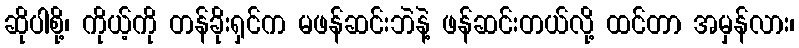
ဆိုပါစို့၊ ကိုယ့်ကို တန်ခိုးရှင်က မဖန်ဆင်းဘဲနဲ့ ဖန်ဆင်းတယ်လို့ ထင်တာ အမှန်လား၊